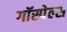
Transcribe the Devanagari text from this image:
गॉस्पेल्स